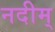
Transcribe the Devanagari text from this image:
नदीम्